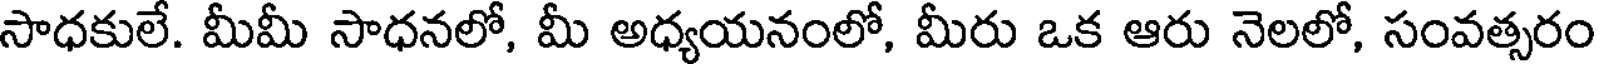
సాధకులే. మీమీ సాధనలో, మీ అధ్యయనంలో, మీరు ఒక ఆరు నెలలో, సంవత్సరం